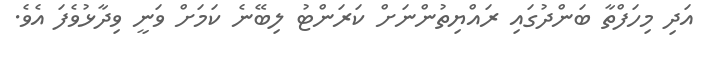
އަދި މިހަފްތާ ބަންދުގައި ރައްޔިތުންނަށް ކަރަންޓު ލިބޭނެ ކަމަށް ވަނީ ވިދާޅުވެފަ އެވެ.